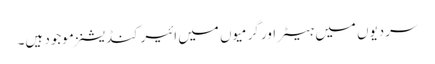
سردیوں میں ہیٹر اور گرمیوں میں ائیرکنڈیشنز موجود ہیں۔